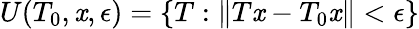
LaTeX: U(T_{0},\mathit{x},\epsilon)=\{ T:\| T\mathit{x}-T_{0}\mathit{x}\| <\epsilon\}